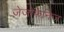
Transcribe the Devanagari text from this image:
ज़ेजोफेनिज